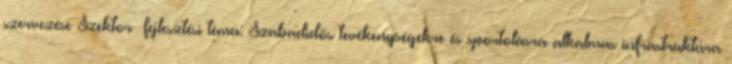
szervezése Szektor fejlesztési téma: Szabadidős tevékenységekre és sportolásra alkalmas infrastruktúra